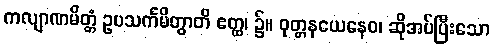
ကလျာဏမိတ္တံ ဥပသင်္ကမိတွာတိ ဧတ္ထ၊ ၌။ ဝုတ္တနယေနေဝ၊ ဆိုအပ်ပြီးသော